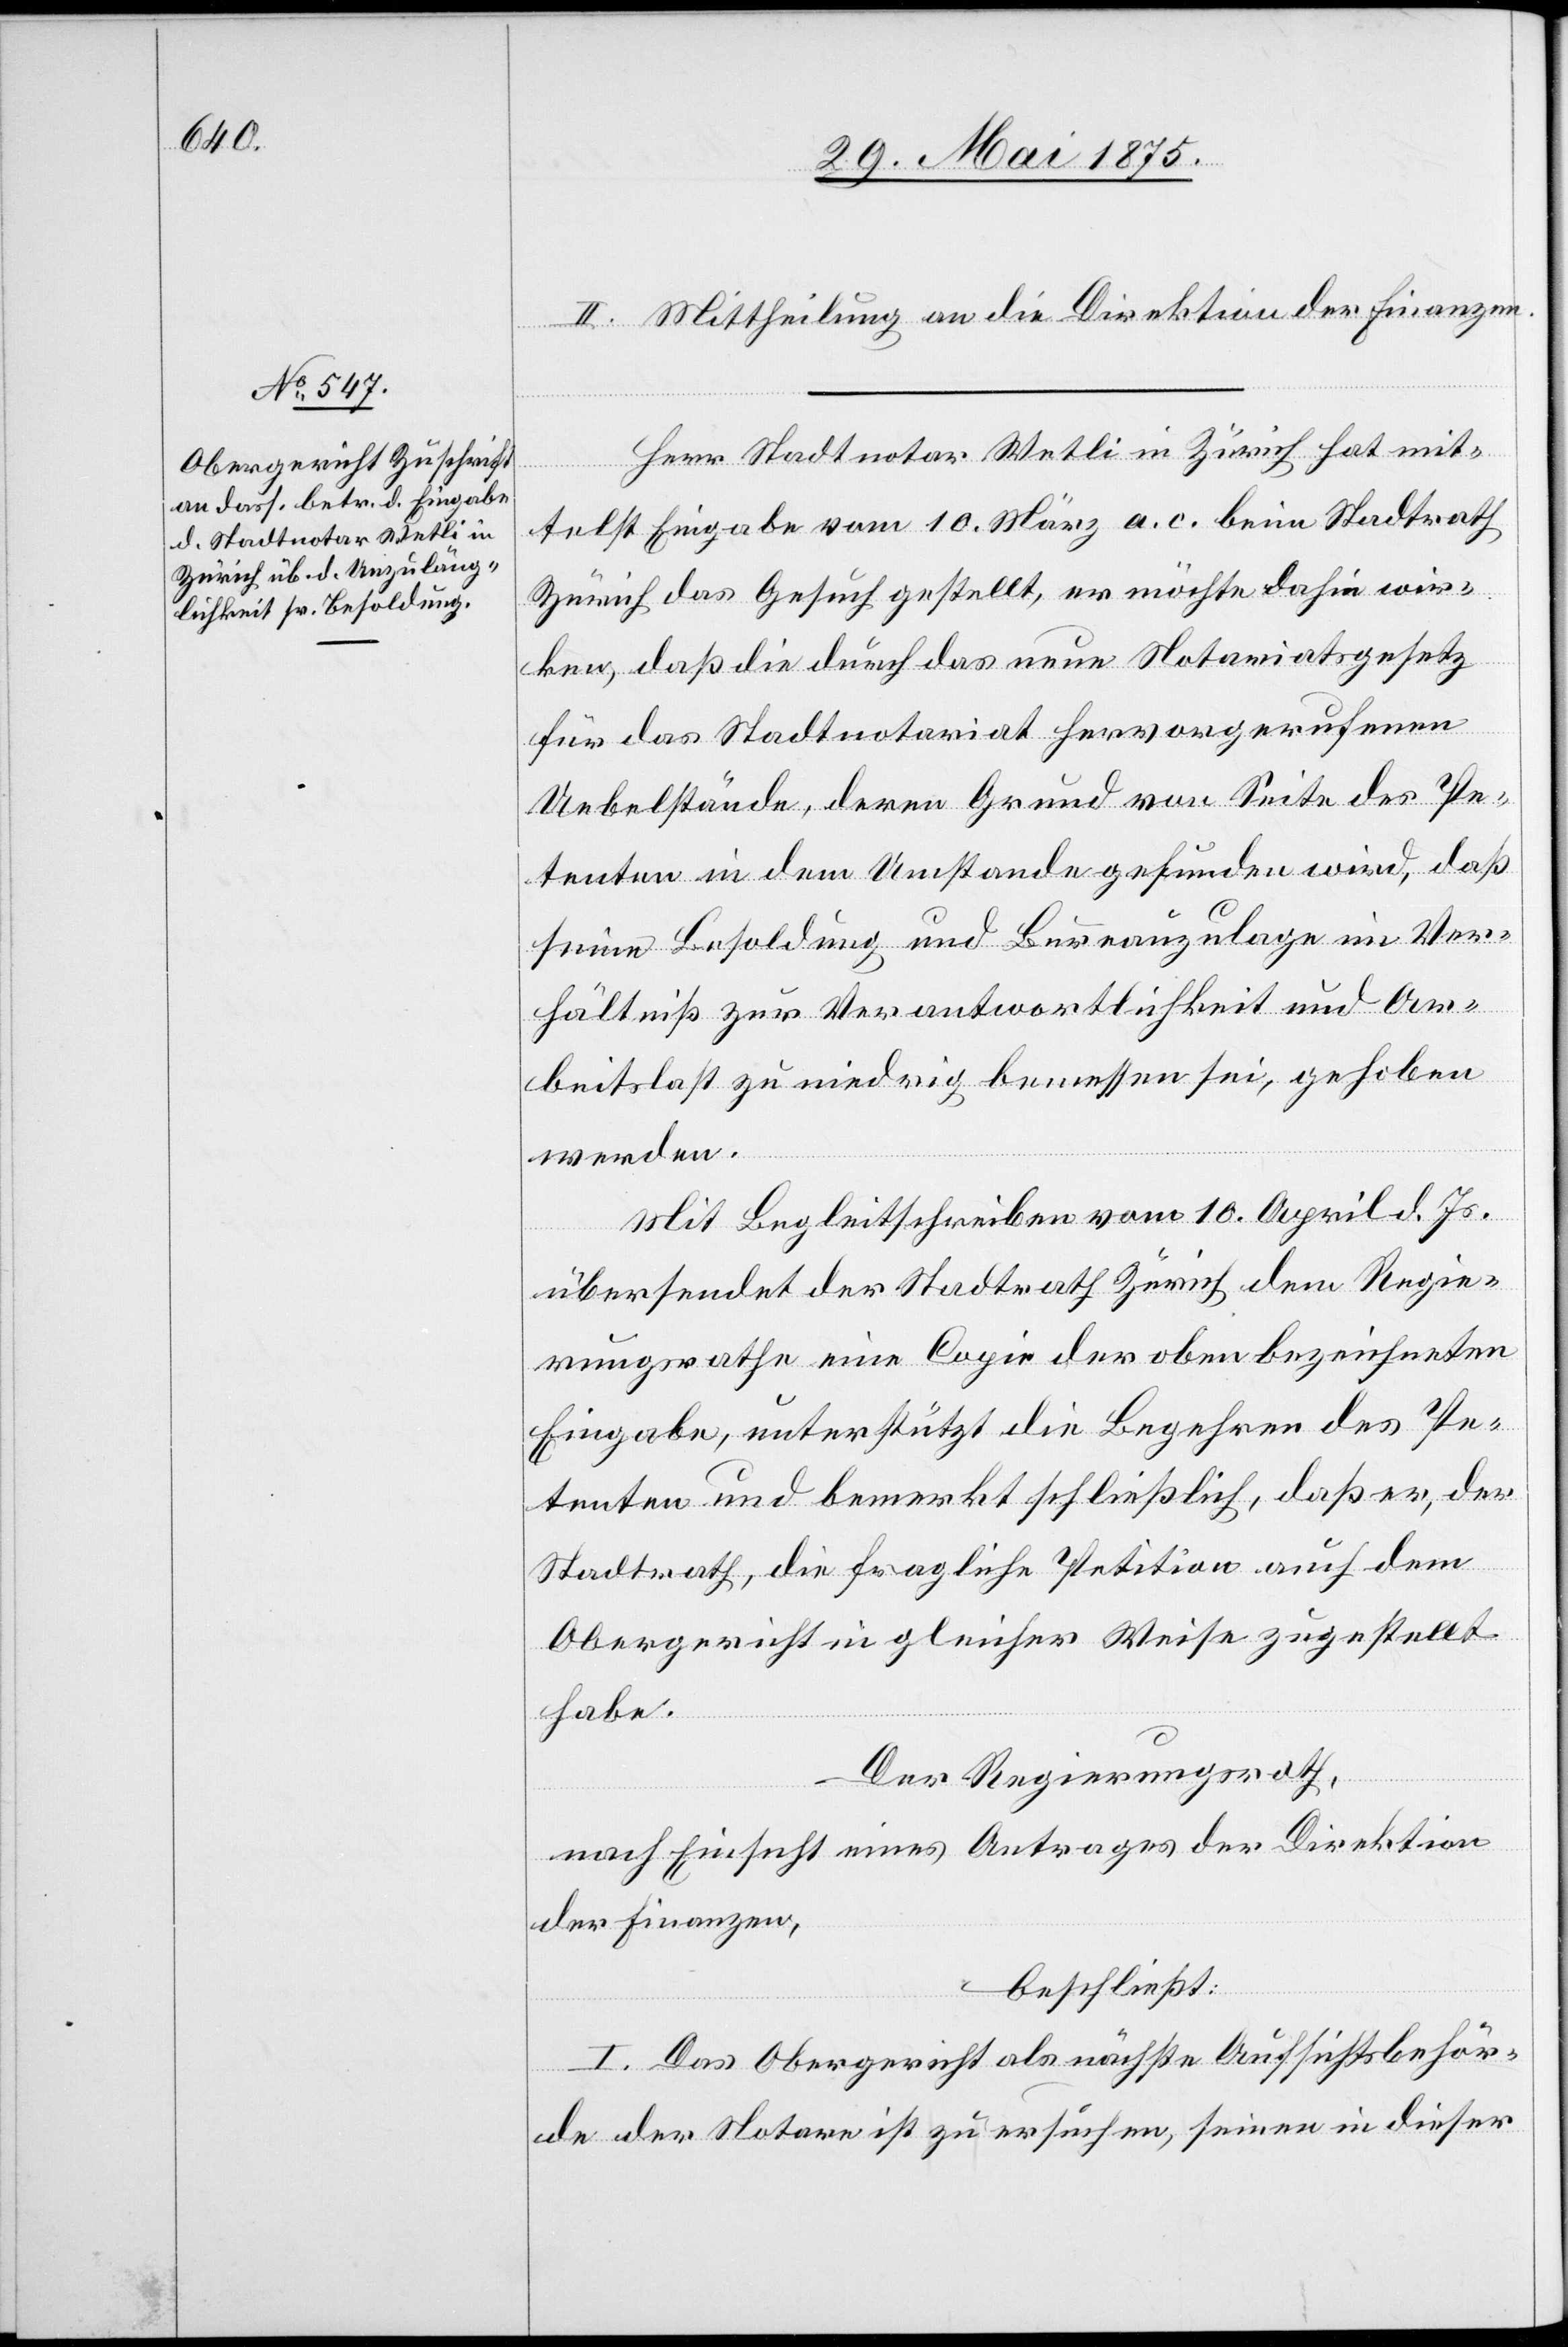
II. Der Mittheilung an die Direktion der Finanzen.
Herr Stadtnotar Wetli in Zürich hat mit¬
telst Eingabe vom 10. März a. c. beim Stadtrath
Zürich das Gesuch gestellt, es möchte dahin wir¬
ken, daß die durch das neue Notariatsgesetz
für das Stadtnotariat hervorgerufenen
Uebelstände, deren Grund von Seite des Pe¬
tenten in dem Umstande gefunden wird, daß
seine Besoldung und Bureauzulage im Ver¬
hältniß zur Verantwortlichkeit und Ar¬
beitslast zu niedrig bemessen sei, behoben
werden.
Mit Begleitschrieben vom 10. April d. Js.
übersendet der Stadtrath Zürich dem Regie¬
rungsrahe eine Copie der oben bezeichneten
Eingabe, unterstützt die Begehren des Pe¬
tenten und bemerkt schließlich, daß er, der
Stadtrath, die fragliche Petition auch dem
Obergericht in gleicher Weise zugestellt
habe.
Der Regierungsrath,
nach Einsicht eines Antrages der Direktion
der Finanzen,
beschließt:
I. Das Obergericht als nächste Aufsichtsbehör¬
de der Notare ist zu ersuchen, seinen in dieser